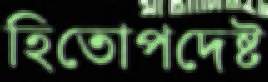
হিতোপদেষ্ট